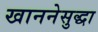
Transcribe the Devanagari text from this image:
खाननेसुद्धा